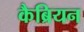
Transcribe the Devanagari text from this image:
कैब्रियन